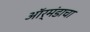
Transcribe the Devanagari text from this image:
ऑर्मंडाचा